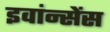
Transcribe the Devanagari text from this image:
इवांन्सेंस